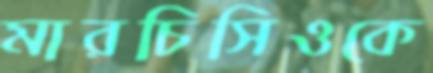
মারচিসিওকে